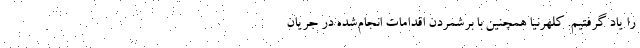
را یاد گرفتیم. کلهرنیا همچنین با برشمردن اقدامات انجام‌شده در جریان